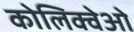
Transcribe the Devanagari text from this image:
कोलिक्वेओ